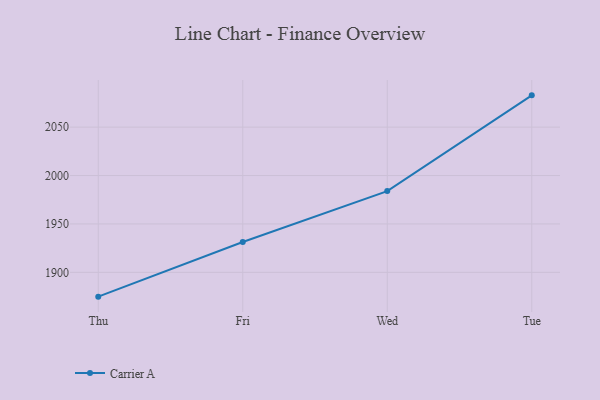
{"axis": {"x": "Day", "y": "Satisfaction Score"}, "legend": ["Carrier A"], "data": [{"x": "Thu", "y": 1874.9, "type": "Carrier A"}, {"x": "Fri", "y": 1931.4, "type": "Carrier A"}, {"x": "Wed", "y": 1983.9, "type": "Carrier A"}, {"x": "Tue", "y": 2082.8, "type": "Carrier A"}]}